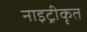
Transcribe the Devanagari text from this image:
नाइट्रीकृत